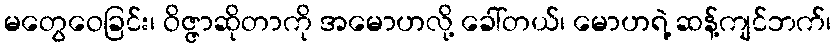
မတွေဝေခြင်း၊ ဝိဇ္ဇာဆိုတာကို အမောဟလို့ ခေါ်တယ်၊ မောဟရဲ့ ဆန့်ကျင်ဘက်၊